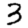
Digit: 3